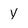
Character: y